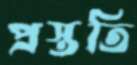
প্রস্ততি